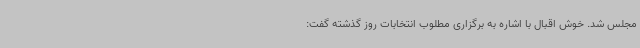
مجلس شد. خوش اقبال با اشاره به برگزاری مطلوب انتخابات روز گذشته گفت: